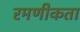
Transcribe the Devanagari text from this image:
रमणीकता